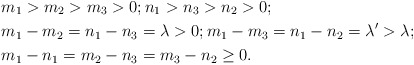
\begin{align*}&m_1>m_2>m_3>0; n_1>n_3>n_2>0;\\&m_1-m_2=n_1-n_3=\lambda>0; m_1-m_3=n_1-n_2=\lambda'>\lambda; \\& m_1-n_1=m_2-n_3=m_3-n_2\ge 0. \end{align*}